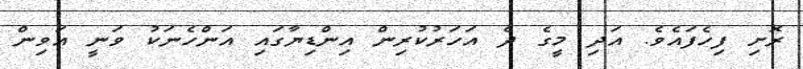
ރޮށި ފިހެފައެވެ. އަދި މީގެ ދެ އަހަރުކުރިން އިންޑިޔާގައި އަންހެނަކު ވަނީ އަވިން